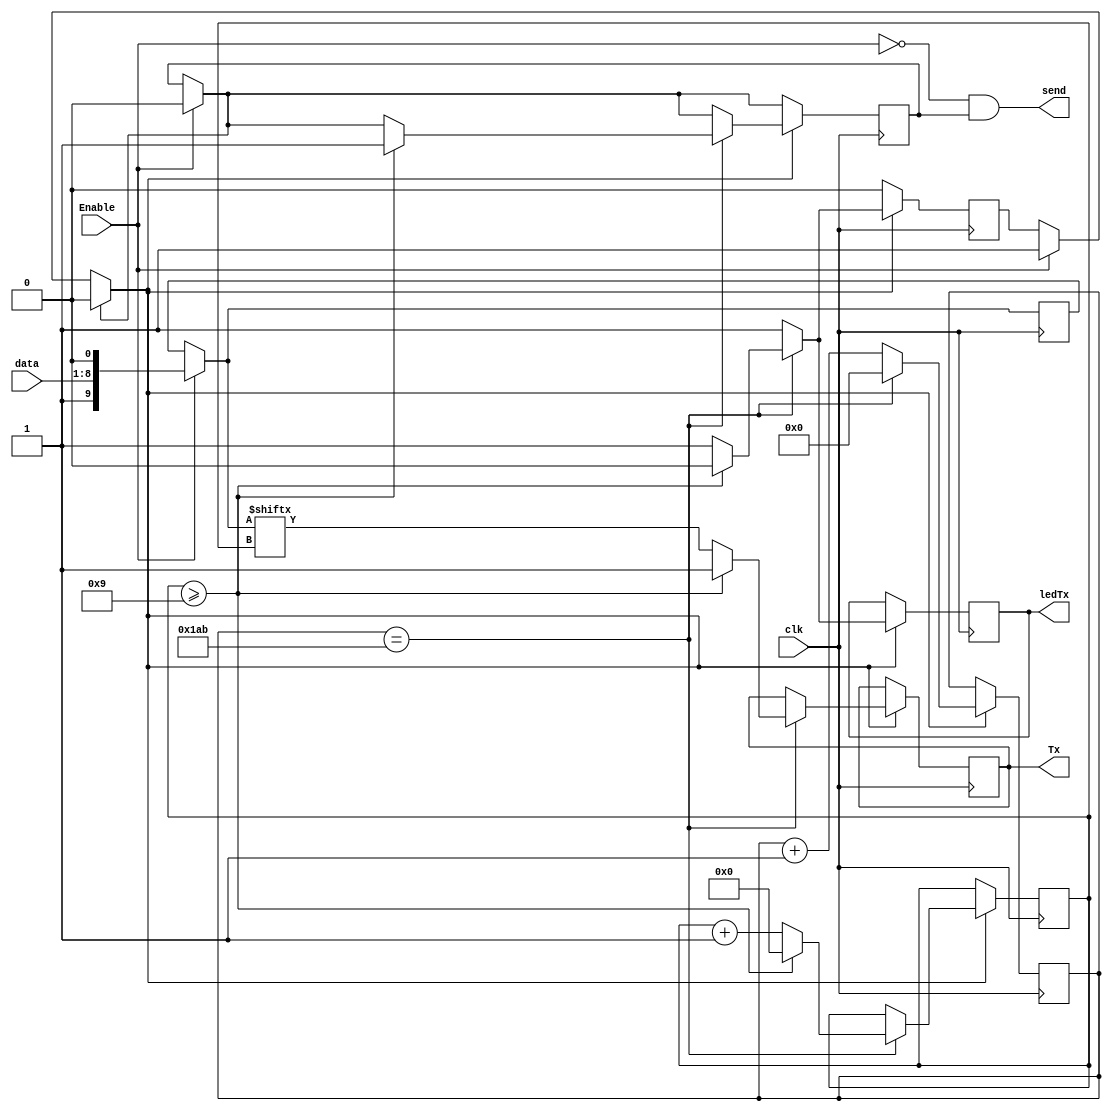
/*Designed by: Minor A. S.
This blok sends bytes to the external device protocol UART
*/
module uart_tx(clk,Tx,data,Enable,ledTx, send);
input clk;
input Enable;
input [7:0]data;
output send;
output reg Tx=1'b1;
output reg ledTx=1'b0;

reg [9:0] dataout = 10'b1111111111;//data out
reg TxEnable=0;//razreshenie peredachi data
reg [17:0]count = 1'b0;//schetchik
reg [4:0]i= 1'b0;
reg send_b=1;
reg [15:0] speed=427;//10416-->4800 bot; 5208-->9600 bot; 2604-->19200 bot; 868-->57600 bot; 434-->115200 bot

assign send=(Enable==0)&(send_b==1);

always @ (posedge clk)
begin
	
	if(Enable==1) begin //razreshenie peredachi
		TxEnable=1;
		dataout = {1'b1,data,1'b0};
		send_b=0; //blok UART_TX busy
	end
	
	if(send_b==1) TxEnable=0;
	
 if(TxEnable==1) begin //nachalo peredachi
	
	ledTx=1;
	count <= count + 1;
	
	if(count==speed)
	begin
	
	  Tx <= dataout[i];//send bit
	  count <= 0;
	  i <= i + 1;
	   if(i>=9)//count bit
	   begin
	     i <= 0;
	     Tx <=1'b1;
		  ledTx=0;
		  TxEnable=0;//data transfer is prohibited
		  send_b=1;//port UART_TX not busy
	   end
	end
	
 end

end
endmodule